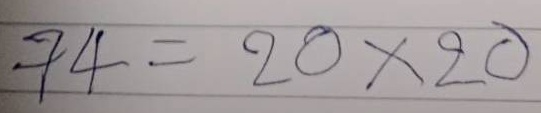
74 = 20x20